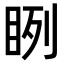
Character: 𥆁